Annual report of the Punjab Veterinary College and of the Civil Veterinary Department, Punjab - 1926-1932
Year: 1926
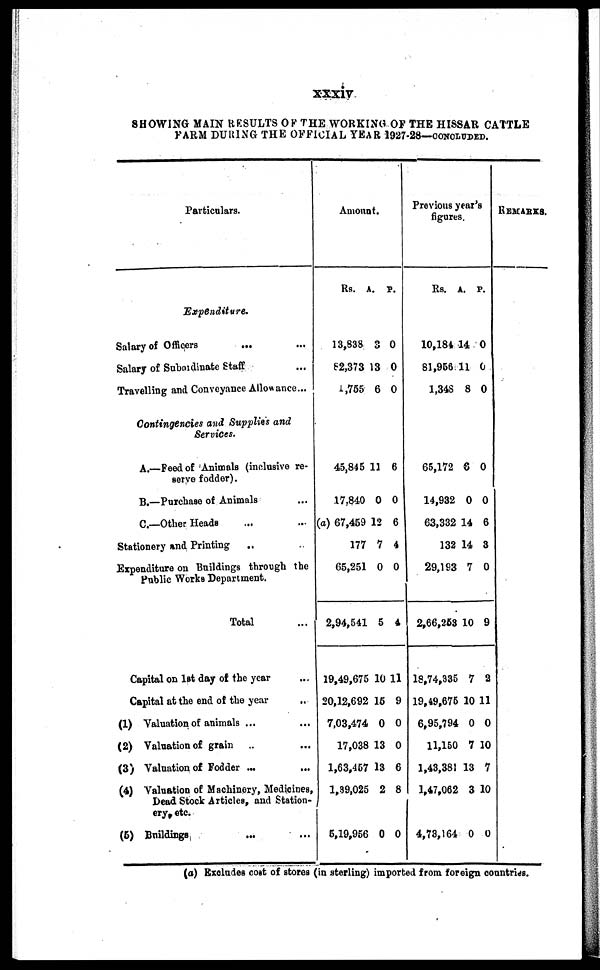
xxxiv
SHOWING MAIN RESULTS OF THE WORKING OF THE HISSAR CATTLE
FARM DURING THE OFFICIAL YEAR 1927-28—CONCLUDED.
Particulars.
Expenditure.
Salary of Officers ... ...
Salary of Subordinate Staff ...
Travelling and Conveyance Allowance...
Contingencies and Supplies and
Services.
A.—Feed of Animals (inclusive re-
serve fodder).
B.—Purchase of Animals ...
C.—Other Heads ... ...
Stationery and Printing ... ...
Expenditure on Buildings through the
Public Works Department.
Total ...
Capital on 1st day of the year ...
Capital at the end of the year ...
(1) Valuation of animals ... ...
(2) Valuation of grain ... ...
(3) Valuation of Fodder ... ...
(4) Valuation of Machinery, Medicines,
Dead Stock Articles, and Station-
ery. etc.
(5) Buildings ... ...
Amount.
Rs. A. P.
13,838
82,373
1,755
3
13
6
0
0
0
45,845
17,840
(a) 67,459
177
65,251
2,94,541
19,49,675
20,12,692
7,03,474
17,038
1,63,457
1,89,025
5,19,956
11
0
12
7
0
5
10
15
0
13
13
2
0
6
0
6
4
0
4
11
9
0
0
6
8
0
Previous year's
figures.
Rs. A. P.
10,184
81,956
1,348
14
11
8
0
0
0
65,172
14,932
63,332
132
29,193
2,66,253
18,74,335
19,49,675
6,95,794
11,150
1,43,381
1,47,062
4,73,164
6
0
14
14
7
10
7
10
0
7
13
3
0
0
0
6
3
0
9
2
11
0
10
7
10
0
REMARKS.
(a) Excludes cost of stores (in sterling) imported from foreign countries.